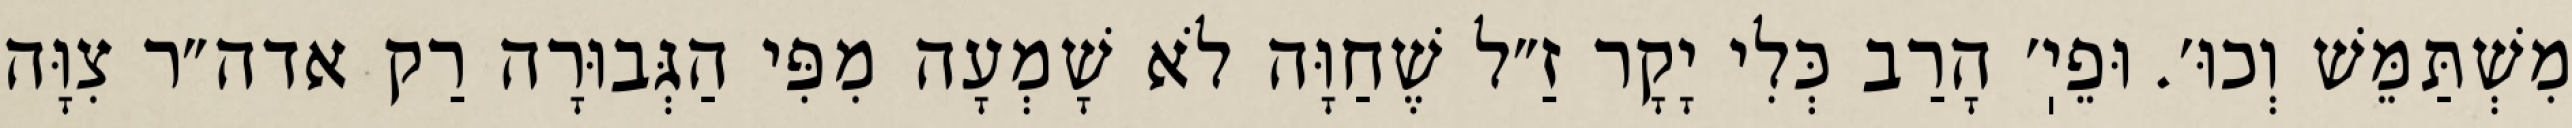
מִשְׁתַּמֵּשׁ וְכוּ׳. וּפֵיֽ׳ הָרַב כְּלִי יָקָר זַ״ל שֶׁחַוָּה לֹא שָׁמְעָה מִפִּי הַגְּבוּרָה רַק אדה״ר צִוָּה